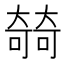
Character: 㚡